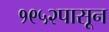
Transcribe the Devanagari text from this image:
१९५२पासून